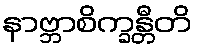
နာဗ္ဘာစိက္ခန္တီတိ